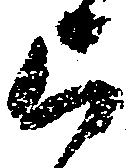
上